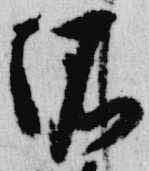
依